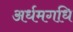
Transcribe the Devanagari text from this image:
अर्धमगधि